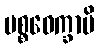
ပစ္စဝေက္ခာမိ